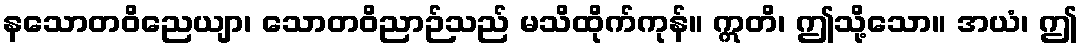
နသောတဝိညေယျာ၊ သောတဝိညာဉ်သည် မသိထိုက်ကုန်။ ဣတိ၊ ဤသို့သော။ အယံ၊ ဤ